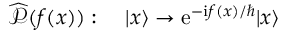
\widehat { \mathcal { P } } ( f ( x ) ) : \quad | x \rangle \to \mathrm { e } ^ { - \mathrm { i } f ( x ) / \hbar } | x \rangle